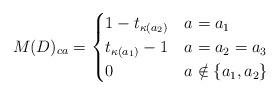
LaTeX: \begin{align*}M(D)_{ca}=\begin{cases}1-t_{\kappa(a_2)} & a=a_1 \\t_{\kappa(a_1)}-1 & a=a_2=a_3 \\0 & a \notin\{a_1,a_2\}\end{cases}\end{align*}